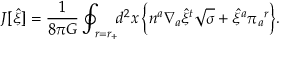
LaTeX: J [ { \hat { \xi } } ] = { \frac { 1 } { 8 \pi G } } \oint _ { r = r _ { + } } \! \! d ^ { 2 } x \, \Bigl \{ n ^ { a } \nabla _ { a } { \hat { \xi } } ^ { t } \sqrt { \sigma } + { \hat { \xi } } ^ { a } \pi _ { a } { } ^ { r } \Bigr \} .